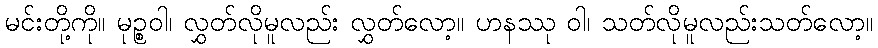
မင်းတို့ကို။ မုဉ္စဝါ၊ လွှတ်လိုမူလည်း လွှတ်လော့။ ဟနဿု ဝါ၊ သတ်လိုမူလည်းသတ်လော့။